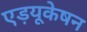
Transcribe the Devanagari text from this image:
एड़यूकेषन